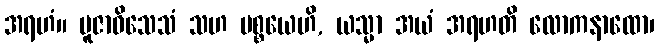
အရဟံ။ ပူဇာဝိသေသံ သဟ ပစ္စယေဟိ, ယသ္မာ အယံ အရဟတိ လောကနာထော၊